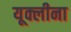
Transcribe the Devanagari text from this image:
यूक्लीना